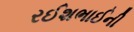
રઈશભાઈની